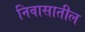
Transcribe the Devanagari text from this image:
निवासातील